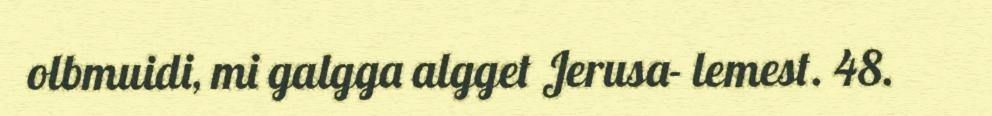
olbmuidi, mi galgga algget Jerusa- lemest. 48.